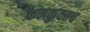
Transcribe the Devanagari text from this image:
कमकुवतच